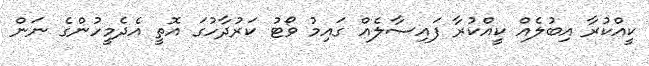
ކީއްކުރާ އިބުލެއް ކީއްކުރާ ފައިސާލެއް ގައިމު ވޯޓު ކަރުދާހުގަ އޮތީ އެދެމީހުންގެ ނަން